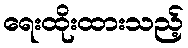
ရေးထိုးထားသည့်